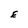
Character: E